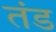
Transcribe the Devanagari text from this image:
तंड